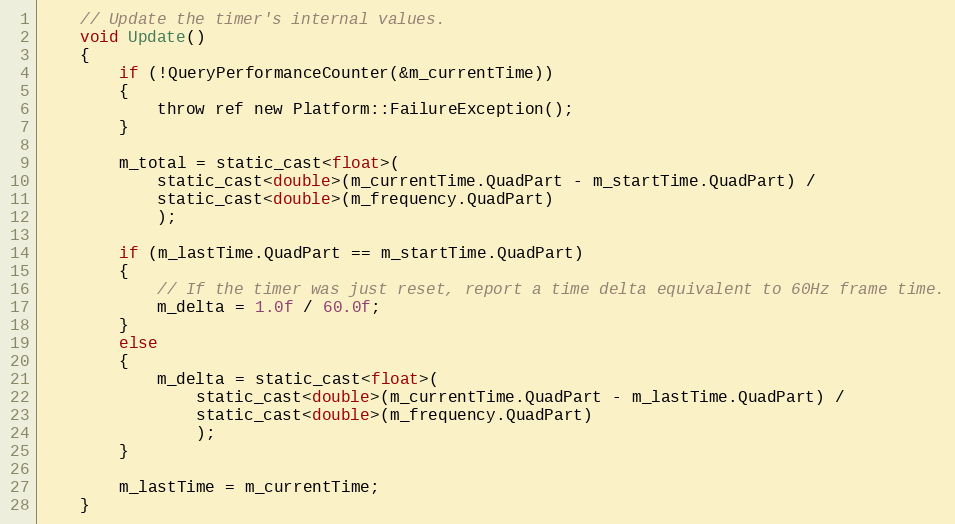
Language: C
    // Update the timer's internal values.
    void Update()
    {
        if (!QueryPerformanceCounter(&m_currentTime))
        {
            throw ref new Platform::FailureException();
        }

        m_total = static_cast<float>(
            static_cast<double>(m_currentTime.QuadPart - m_startTime.QuadPart) /
            static_cast<double>(m_frequency.QuadPart)
            );

        if (m_lastTime.QuadPart == m_startTime.QuadPart)
        {
            // If the timer was just reset, report a time delta equivalent to 60Hz frame time.
            m_delta = 1.0f / 60.0f;
        }
        else
        {
            m_delta = static_cast<float>(
                static_cast<double>(m_currentTime.QuadPart - m_lastTime.QuadPart) /
                static_cast<double>(m_frequency.QuadPart)
                );
        }

        m_lastTime = m_currentTime;
    }